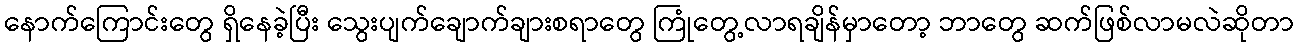
နောက်ကြောင်းတွေ ရှိနေခဲ့ပြီး သွေးပျက်ချောက်ချားစရာတွေ ကြုံတွေ့လာရချိန်မှာတော့ ဘာတွေ ဆက်ဖြစ်လာမလဲဆိုတာ